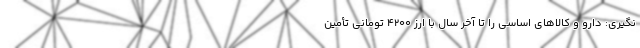
نگیری: دارو و کالاهای اساسی را تا آخر سال با ارز ۴۲۰۰ تومانی تأمین